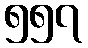
၅၅၇